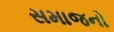
સમાજનો